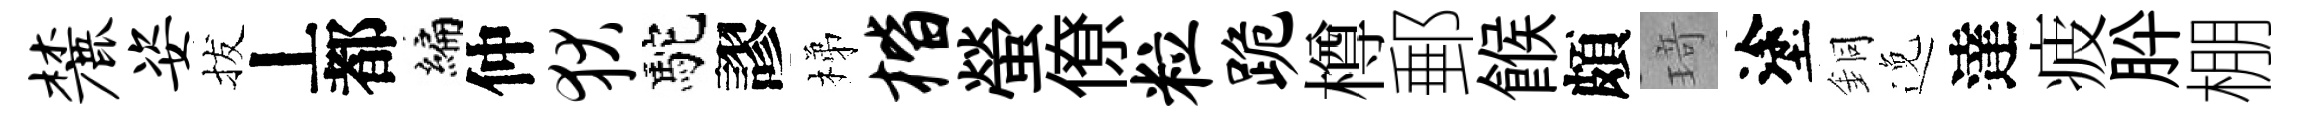
麓姿拔丄都编仲狄駝謬梯楷螢僚粒跪樽郵餱頗𤦺塗銅𨓜達疲肸棚